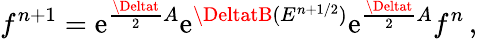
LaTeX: f^{n+1}=\mathrm{e}^{\frac{{\Deltat}}{{2}}A}\mathrm{e}^{\DeltatB(E^{n+1/2})}\mathrm{e}^{\frac{{\Deltat}}{{2}}A}f^{n}\, ,